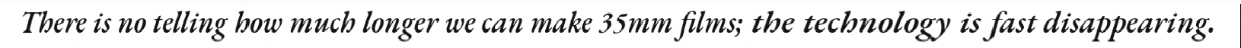
There is no telling how much longer we can make 35mm films; the technology is fast disappearing.